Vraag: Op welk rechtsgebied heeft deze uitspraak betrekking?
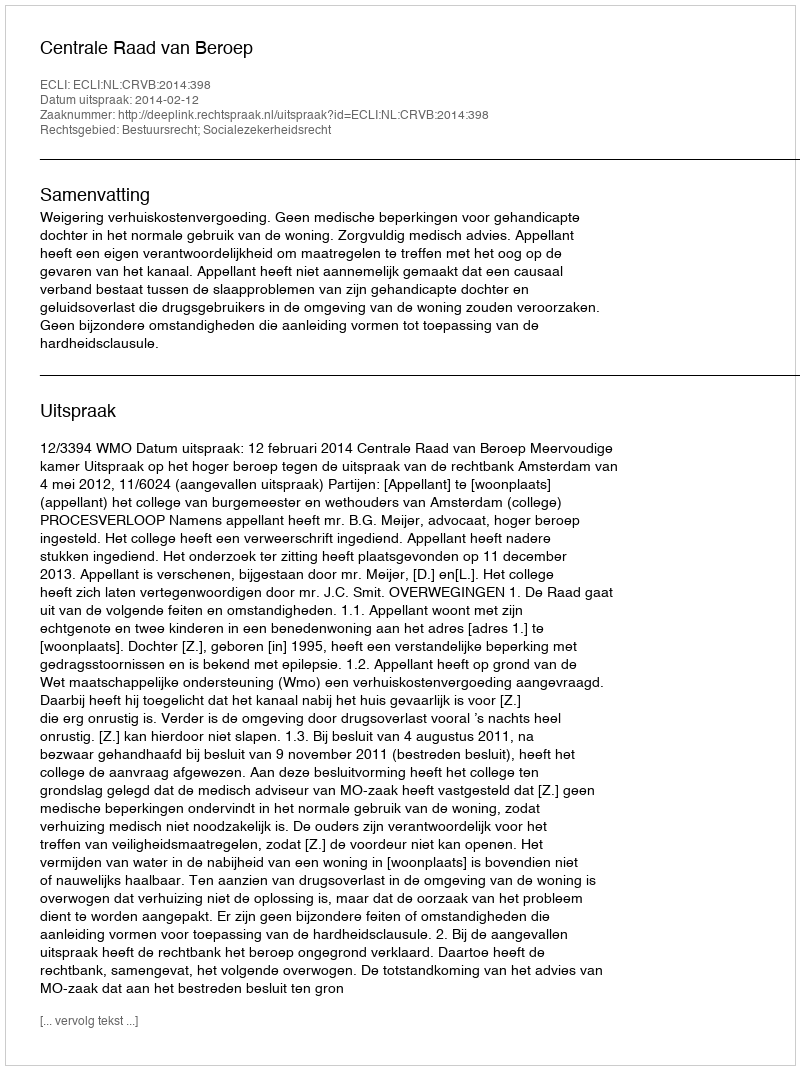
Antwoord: Bestuursrecht; Socialezekerheidsrecht